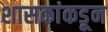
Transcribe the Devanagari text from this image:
शासकांकडून